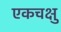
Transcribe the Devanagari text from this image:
एकचक्षु